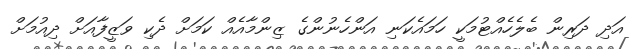
އަދި ދަރިން ބެލެހެއްޓުމަކީ ހަމައެކަނި އަންހެނުންގެ ޒިންމާއެއް ކަމަށް ދެކި ވަޒީފާއަށް ދިއުމަށް